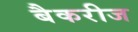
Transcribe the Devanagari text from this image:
बैकरीज